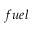
f u e l